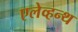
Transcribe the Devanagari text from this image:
एलेव्हन्थ